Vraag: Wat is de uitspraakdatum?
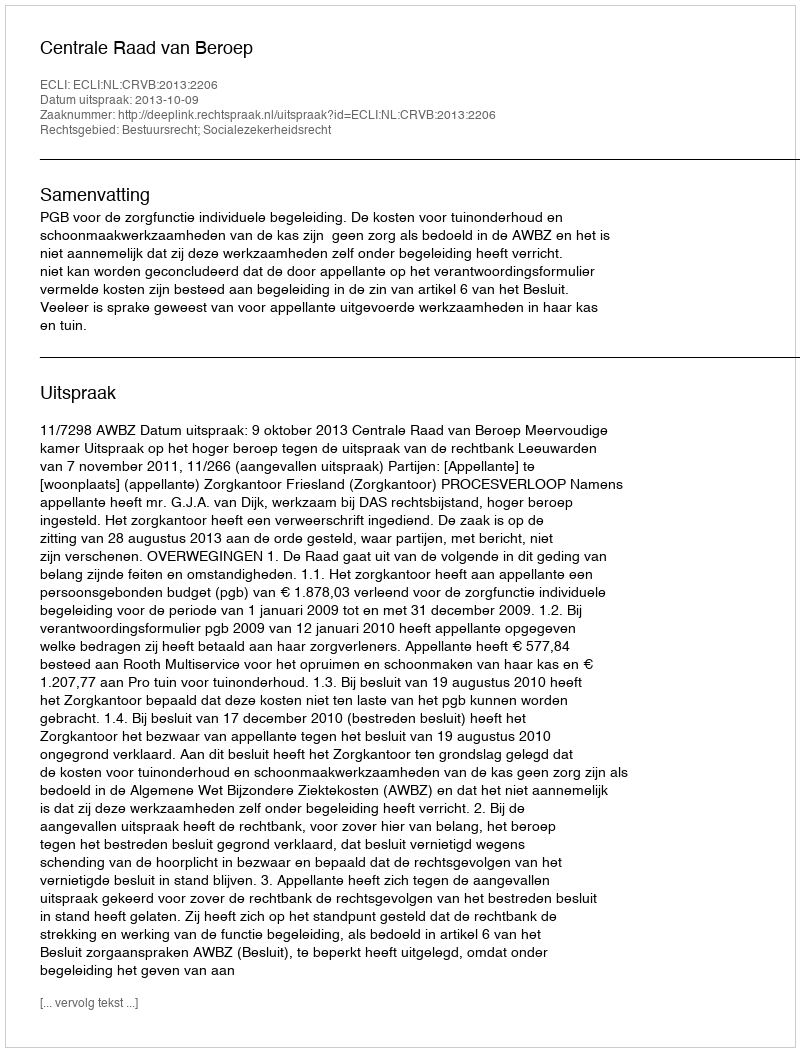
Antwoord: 2013-10-09